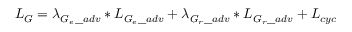
L _ { G } = \lambda _ { G _ { e } \_ a d v } * L _ { G _ { e } \_ a d v } + \lambda _ { G _ { r } \_ a d v } * L _ { G _ { r } \_ a d v } + L _ { c y c }